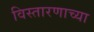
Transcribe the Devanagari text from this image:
विस्तारणाच्या